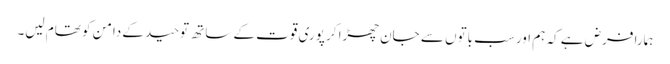
ہمارا فرض ہے کہ ہم اور سب باتوں سے جان چھڑا کر پوری قوت کے ساتھ توحید کے دامن کو تھام لیں۔